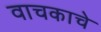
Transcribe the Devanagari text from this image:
वाचकाचे